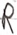
Text: R